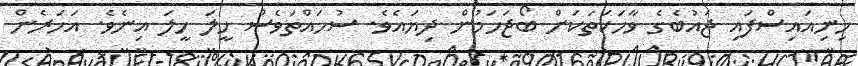
ހިނިއައިސްފައި ޖައުބެގެ ވާހަކަތަކަށް ބޯޖަހަމުން ދިޔައެވެ. ސުހައްތަވެސް ހީލަ ހީލަ އިނެވެ. އަހަރެން